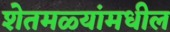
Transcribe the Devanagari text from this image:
शेतमळ्यांमधील